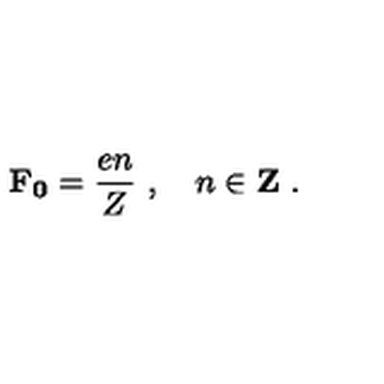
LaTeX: \mathbf { F _ { 0 } } = \frac { e n } { Z } \ , \quad n \in { \bf Z } \ .